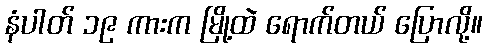
နံပါတ် ၁၉ ကားက မြို့ထဲ ရောက်တယ် ပြောလို့။